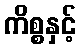
ကိစ္စနှင့်